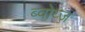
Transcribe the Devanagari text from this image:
ब्वोय्ज